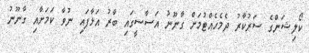
ކޯލިޝަންގެ ސަރުކާރު ދެމެހެއްޓުމަށް ގާނޫނު އަސާސީގައި ބާރު އަޅާފައި ނުވާ ކަމަށާއި ގާނޫނު